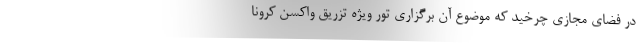
در فضای مجازی چرخید که موضوع آن برگزاری تور ویژه تزریق واکسن کرونا